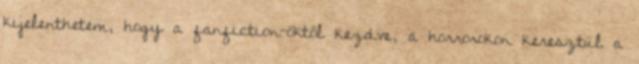
kijelenthetem, hogy a fanfiction-öktől kezdve, a horrorokon keresztül a